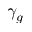
\gamma _ { g }